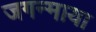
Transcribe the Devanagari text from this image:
जगन्माया